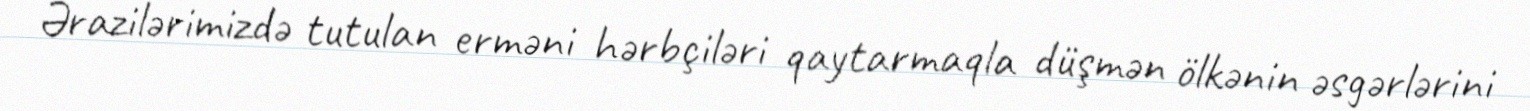
Ərazilərimizdə tutulan erməni hərbçiləri qaytarmaqla düşmən ölkənin əsgərlərini